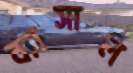
ব্যাসাল